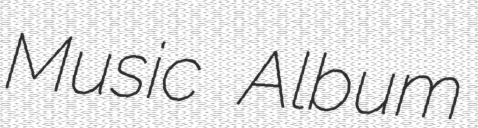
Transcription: Music Album